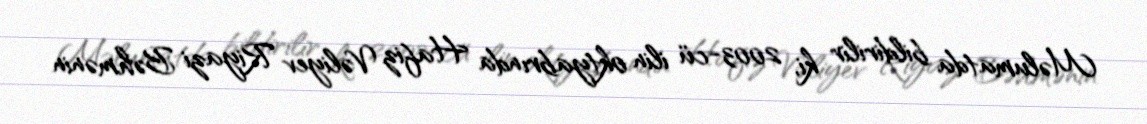
Məlumatda bildirilir ki, 2003-cü ilin oktyabrında Hafiz Vəliyev Riyazi Bəhmənin